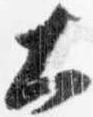
大